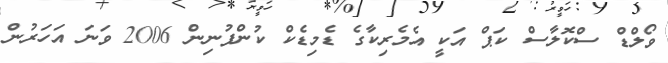
ވޯލްޑް ސްކޮލާސް ކަޕް އަކީ އެމެރިކާގެ ޑެމިޑެކް ކުންފުނިން 2006 ވަނަ އަހަރުން